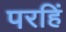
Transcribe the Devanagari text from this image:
परहिं